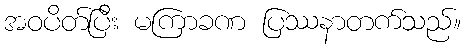
အဝပိတ်ပြီး မကြာခဏ ပြဿနာတက်သည်။